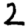
Digit: 2